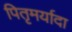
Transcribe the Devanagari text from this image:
पितृमर्यादा